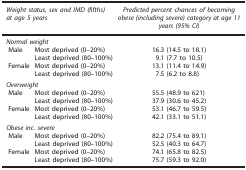
| <COLSPAN=2> Weight status, sex and IMD (fifths) at age 5 years | Predicted percent chances of becoming obese (including severe) category at age 11 years (95% CI) |
 | --- | --- | --- |
 | <COLSPAN=3> Normal weight |
 | Male | Most deprived (0–20%) | 16.3 (14.5 to 18.1) |
 |  | Least deprived (80–100%) | 9.1 (7.7 to 10.5) |
 | Female | Most deprived (0–20%) | 13.1 (11.4 to 14.9) |
 |  | Least deprived (80–100%) | 7.5 (6.2 to 8.8) |
 | <COLSPAN=3> Overweight |
 | Male | Most deprived (0–20%) | 55.5 (48.9 to 621) |
 |  | Least deprived (80–100%) | 37.9 (30.6 to 45.2) |
 | Female | Most deprived (0–20%) | 53.1 (46.7 to 59.5) |
 |  | Least deprived (80–100%) | 42.1 (33.1 to 51.1) |
 | <COLSPAN=3> Obese inc. severe |
 | Male | Most deprived (0–20%) | 82.2 (75.4 to 89.1) |
 |  | Least deprived (80–100%) | 52.5 (40.3 to 64.7) |
 | Female | Most deprived (0–20%) | 74.1 (65.8 to 82.5) |
 |  | Least deprived (80–100%) | 75.7 (59.3 to 92.0) |